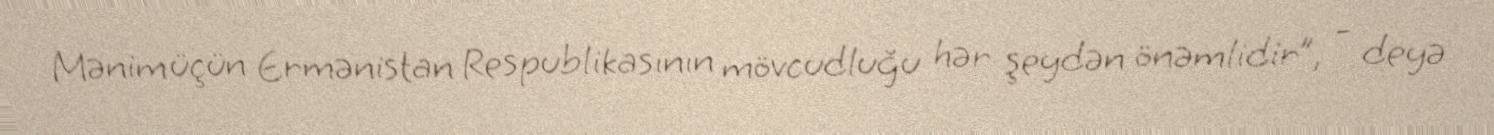
Mənim üçün Ermənistan Respublikasının mövcudluğu hər şeydən önəmlidir”, - deyə